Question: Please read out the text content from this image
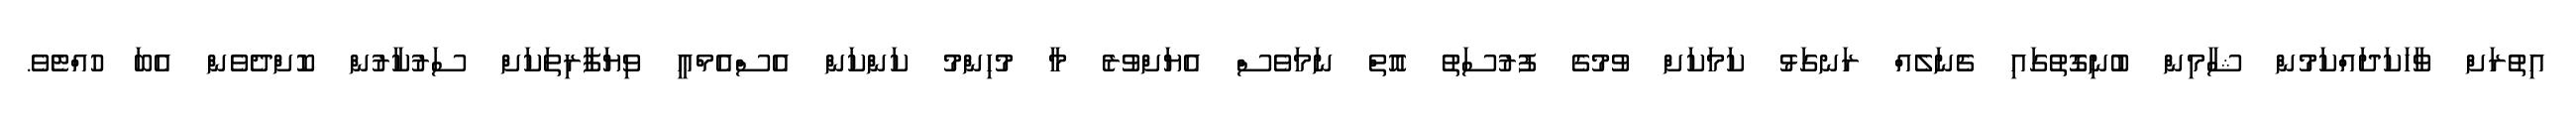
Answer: އިތުރަށް ވާހަކަދައްކަމުން ޝާމިން ބުނިގޮތުގައި ޗެނަލެއް ރަނގަޅު ކަމަކަށް ވުމުގެ ފުރުސަތު އޮތް ނަމަވެސް އެޔަށްވުރެ މާ މުހިންމު ކަންކަން އެސްއެމްއީ ވިޔަފާރިތަކަށް ސަރުކާރުން ކޮށްދެވެން އެބަ ހުއްޓެވެ.